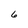
Character: 6